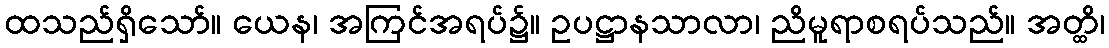
ထသည်ရှိသော်။ ယေန၊ အကြင်အရပ်၌။ ဥပဋ္ဌာနသာလာ၊ ညိမူရာစရပ်သည်။ အတ္ထိ၊